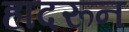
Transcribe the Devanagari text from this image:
हादरून